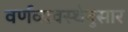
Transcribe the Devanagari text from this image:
वर्णव्यवस्थेनुसार